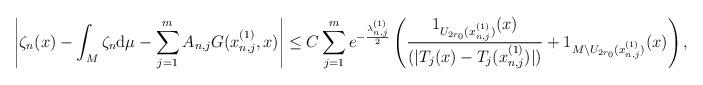
LaTeX: \begin{align*}\begin{aligned}&\left|\zeta_n(x)-\int_M\zeta_n\mathrm{d}\mu-\sum_{j=1}^m A_{n,j}G(x_{n,j}^{(1)},x)\right| \le {C}\sum_{j=1}^m e^{-\frac{\lambda_{n,j}^{(1)}}{2}}\left(\frac{1_{U_{2r_0}(x_{n,j}^{(1)})}(x)}{(|T_j(x)-T_j(x_{n,j}^{(1)})|)} +1_{M\setminus U_{2r_0}(x_{n,j}^{(1)})}(x)\right),\end{aligned}\end{align*}